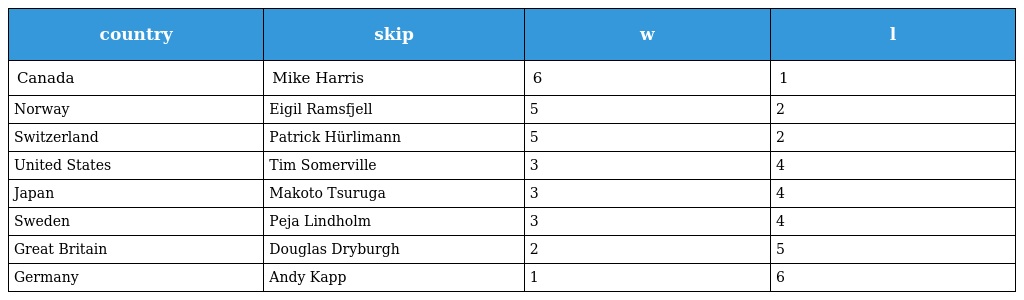
| country | skip | w | l |
 | --- | --- | --- | --- |
 | Canada | Mike Harris | 6 | 1 |
 | Norway | Eigil Ramsfjell | 5 | 2 |
 | Switzerland | Patrick Hürlimann | 5 | 2 |
 | United States | Tim Somerville | 3 | 4 |
 | Japan | Makoto Tsuruga | 3 | 4 |
 | Sweden | Peja Lindholm | 3 | 4 |
 | Great Britain | Douglas Dryburgh | 2 | 5 |
 | Germany | Andy Kapp | 1 | 6 |